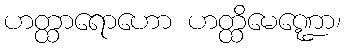
ဟတ္ထာရောဟော ဟတ္ထိမေဏ္ဍော၊